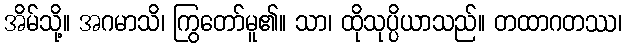
အိမ်သို့။ အဂမာသိ၊ ကြွတော်မူ၏။ သာ၊ ထိုသုပ္ပိယာသည်။ တထာဂတဿ၊